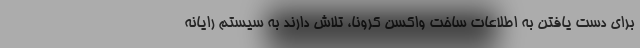
برای دست یافتن به اطلاعات ساخت واکسن کرونا، تلاش دارند به سیستم رایانه